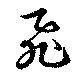
飛